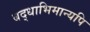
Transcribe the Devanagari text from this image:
बद्धाभिमान्यपि